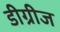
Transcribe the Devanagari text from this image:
डीग्रीज